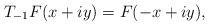
LaTeX: \begin{align*} T_{-1} F(x + iy) = F(-x + iy),\end{align*}